Annual report of the Imperial Bacteriologist
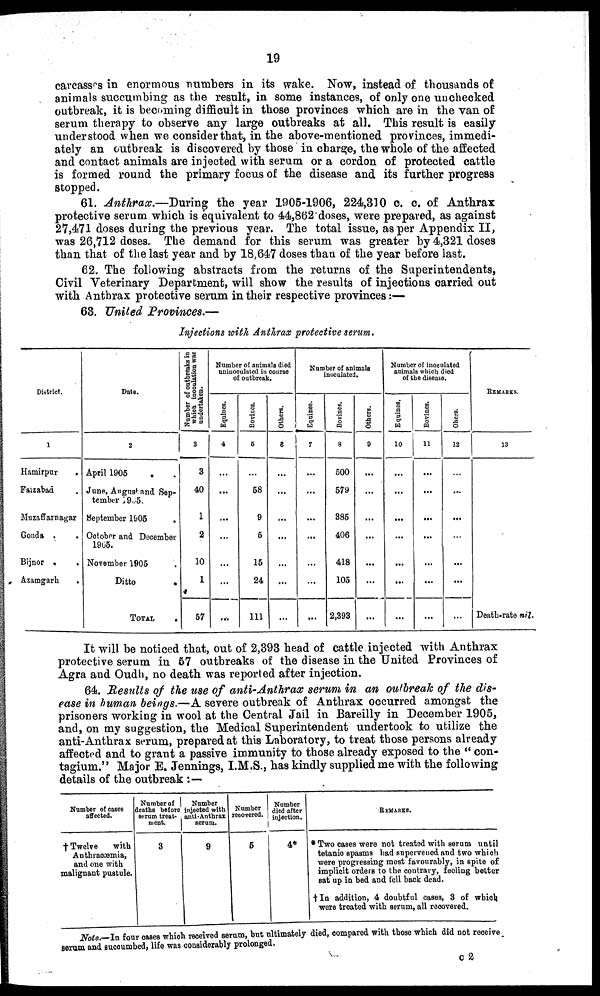
19
carcasses in enormous numbers in its wake. Now, instead of thousands of
animals succumbing as the result, in some instances, of only one unchecked
outbreak, it is becoming difficult in those provinces which are in the van of
serum therapy to observe any large outbreaks at all. This result is easily
understood when we consider that, in the above-mentioned provinces, immedi-
ately an outbreak is discovered by those in charge, the whole of the affected
and contact animals are injected with serum or a cordon of protected cattle
is formed round the primary focus of the disease and its further progress
stopped.
61. Anthrax.—-During the year 1905-1906, 224,310 c. c. of Anthrax
protective serum which is equivalent to 44,862 doses, were prepared, as against
27,471 doses during the previous year. The total issue, as per Appendix II,
was 26,712 doses. The demand for this serum was greater by 4,321 doses
than that of the last year and by 18,647 doses than of the year before last.
62. The following abstracts from the returns of the Superintendents,
Civil Veterinary Department, will show the results of injections carried out
with Anthrax protective serum in their respective provinces:—
63. United Provinces.—
Injections with Anthrax protective serum.
1
Hamirpur
.
Faizabad
Muzaffarnagar
Gonda .
.
Bijnor
.
.
Azamgarh
.
2
April 1905
June, Angust and Sep-
tember 1905.
September 1905
.
October and December
1905.
November 1905
Ditto
TOTAL.
.
Number of outbreaks in
which inoculation was
undertaken.
3
3
40
1
2
10
1
57
Number of animals died
uninocalated in course
of outbreak.
Equities.
4
...
...
...
...
...
...
...
Bovines.
5
...
58
9
5
15
24
111
Others.
6
...
...
...
...
...
...
...
Number of animals
inoculated.
Equines.
7
...
...
...
...
...
...
...
Bovines.
8
500
579
385
406
418
105
2,393
Others.
9
...
...
...
...
...
...
...
Number of inoculated
animals which died
of the disease.
Equines.
10
...
...
...
...
...
...
...
Bovines.
11
...
...
...
...
...
...
Others.
12
...
...
...
...
...
...
...
REMARKS.
13
Death-rate nil.
It will be noticed that, out of 2,393 head of cattle injected with Anthrax
protective serum in 57 outbreaks of the disease in the United Provinces of
Agra and Oudh, no death was reported after injection.
64. Results of the use of anti-Anthrax serum in an outbreak of the dis-
ease in human beings.—A severe outbreak of Anthrax occurred amongst the
prisoners working in wool at the Central Jail in Bareilly in December 1905,
and, on my suggestion, the Medical Superintendent undertook to utilize the
anti-Anthrax serum, prepared at this Laboratory, to treat those persons already
affected and to grant a passive immunity to those already exposed to the " con-
tagium." Major E. Jennings, I.M.S., has kindly supplied me with the following
details of the outbreak :—
Number of cases
affected.
† Twelve
with
Anthraoæmia,
and one with
malignant pustule.
Number of
deaths before
serum treat-
ment.
3
Number
injected with
anti-Anthrax
serum.
9
Number
recovered.
5
Number
died after
injection.
4*
REMARKS.
* Two cases were not treated with serum until
tetanic spasms had supervened and two which
were progressing most favourably, in spite of
implicit orders to the contrary, feeling better
sat up in bed and fell back dead.
†In addition, 4 doubtful cases, 3 of which
were treated with serum, all recovered.
Note.—In four cases which received serum, but ultimately died, compared with those which did not receive
serum and succumbed, life was considerably prolonged.
C 2